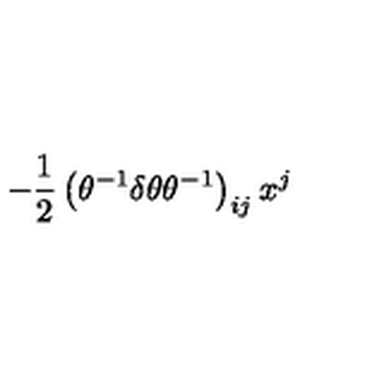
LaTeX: - \frac { 1 } { 2 } \left( \theta ^ { - 1 } \delta \theta \theta ^ { - 1 } \right) _ { i j } x ^ { j }